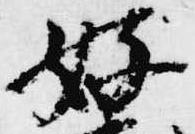
好